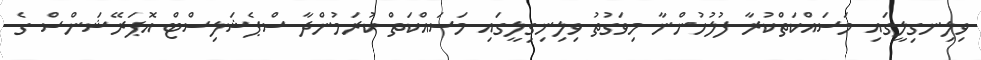
ވިލިނގިލީގައި މަސައްކަތްކުރާ ފުލުހުންނާ މިވަގުތު ވިލިނިގިލީގައި މަސައްކަތް ކުރަމުންދާ ސްޕެޝަލިސްޓް އޮޕަރޭޝަންސް ގެ